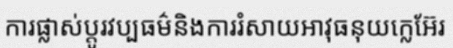
ការផ្លាស់ប្តូរវប្បធម៌និងការរំសាយអាវុធនុយក្លេអ៊ែរ